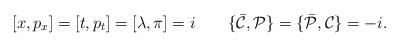
LaTeX: \begin{align*}[x,p_x]=[t,p_t]= [\lambda,\pi]=i\qquad \{{\bar {\cal C}},{\cal P}\}=\{{\bar{\cal P}},{\cal C}\}=-i.\end{align*}